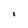
Character: 1